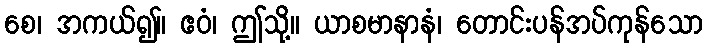
စေ၊ အကယ်၍။ ဧဝံ၊ ဤသို့။ ယာစမာနာနံ၊ တောင်းပန်အပ်ကုန်သော